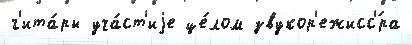
г'ита́ры уча́ст'иjе це́лом звукор'ежисс'́ра